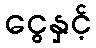
ငွေနှင့်